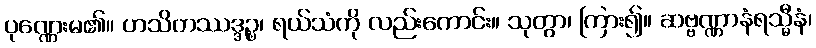
ပုဏ္ဏေးမ၏။ ဟသိတဿဒ္ဒဉ္စ၊ ရယ်သံကို လည်းကောင်း။ သုတွာ၊ ကြား၍။ ဆဗ္ဗဏ္ဏာနံရသ္မီနံ၊